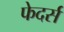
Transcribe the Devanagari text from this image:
फेदर्स